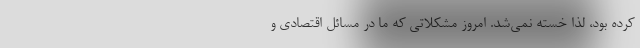
کرده بود، لذا خسته نمی‌شد. امروز مشکلاتی که ما در مسائل اقتصادی و